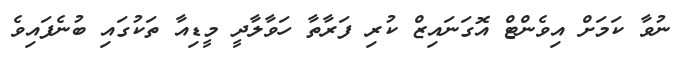
ނުވާ ކަމަށް އިވެންޓް އޮގަނައިޒް ކުރި ފަރާތާ ހަވާލާދީ މީޑިއާ ތަކުގައި ބުނެފައިވެ